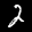
Label: 2